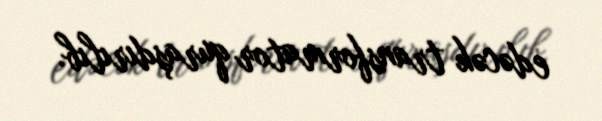
edəcək transformator quraşdırılıb.